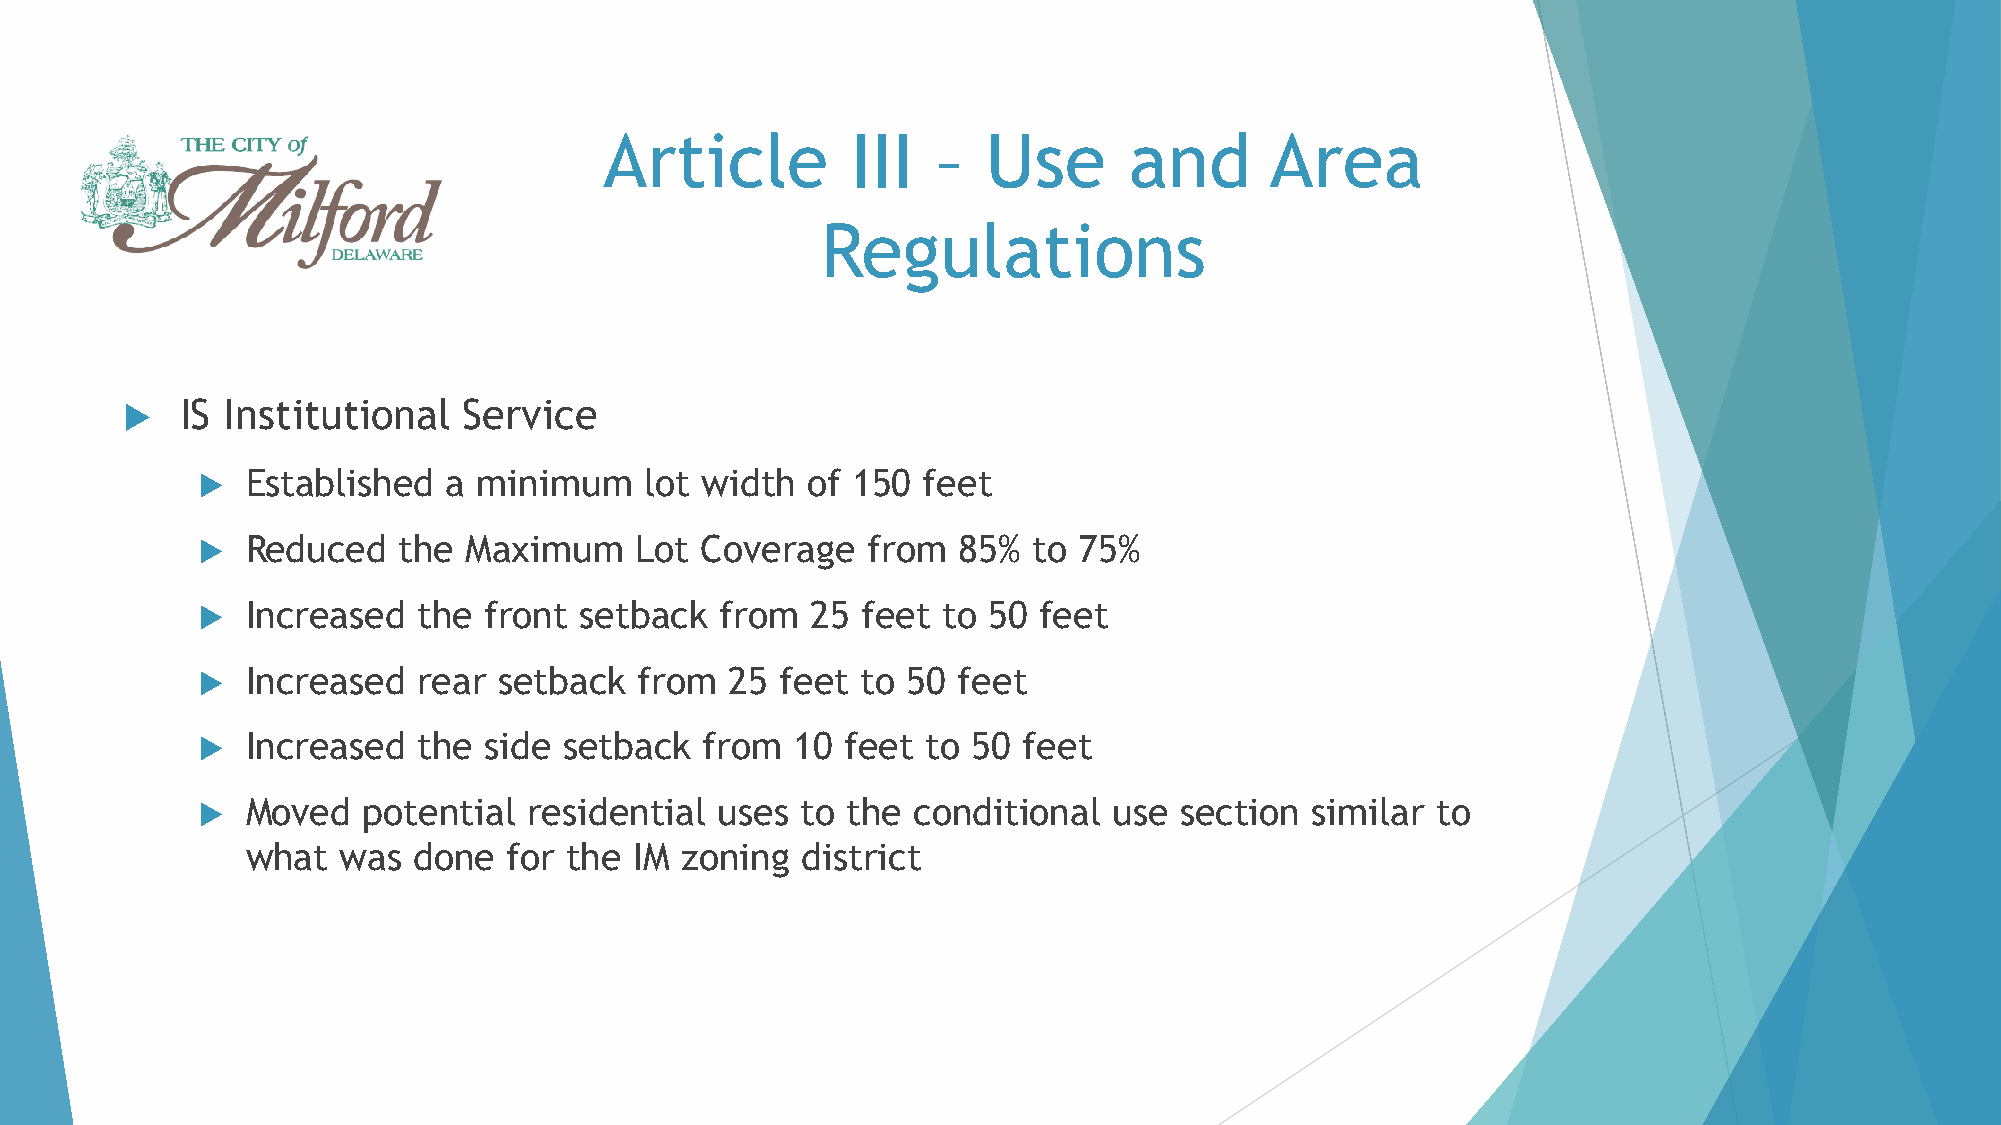
Article         III   –  Use       and      Area
 Regulations
    IS Institutional   Service
   Established   a minimum    lot width of 150  feet
   Reduced   the  Maximum    Lot Coverage   from  85%  to 75%
   Increased   the front setback   from  25 feet to 50  feet
   Increased   rear setback  from  25  feet to 50 feet
   Increased   the side setback   from  10 feet to 50  feet
   Moved   potential  residential  uses to the conditional   use section  similar to
 what  was  done   for the IM zoning  district